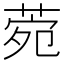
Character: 菀